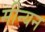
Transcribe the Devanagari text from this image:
मीन्यन